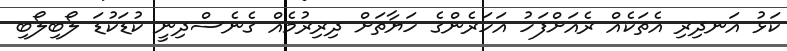
ކަޅު އަނދިރި އެތަކެއް ރެއަށްފަހު އަހަރެންގެ ހަޔާތަށް ދިރިރުމެއް ގެނެސްދިނީ ކުޑަކުޑަ ލޯބިލޯބި